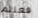
فعلتم